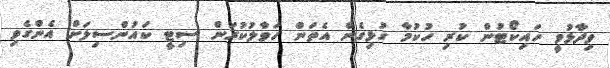
ވިދާޅުވީ ހައިކޯޓުން ކުރި ހުކުމާ ގުޅިގެން އެތަން ހަވާލުކުރަން ސިޓީ ކައުންސިލަށް އެންގެވި